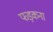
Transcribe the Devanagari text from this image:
फड़कना